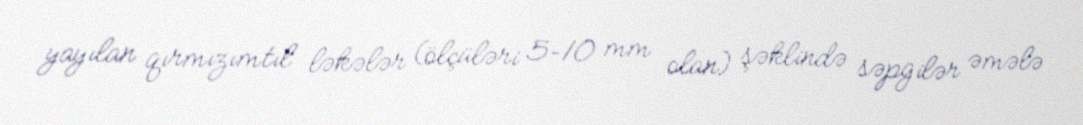
yayılan qırmızımtıl ləkələr (ölçüləri 5–10 mm olan) şəklində səpgilər əmələ